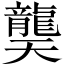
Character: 龑